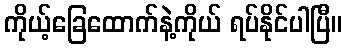
ကိုယ့်ခြေထောက်နဲ့ကိုယ် ရပ်နိုင်ပါပြီ။